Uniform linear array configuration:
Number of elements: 4
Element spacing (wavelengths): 0.25
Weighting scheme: cosine
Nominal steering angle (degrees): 45
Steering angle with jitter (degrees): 43.088
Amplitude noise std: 0.05
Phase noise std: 0.05

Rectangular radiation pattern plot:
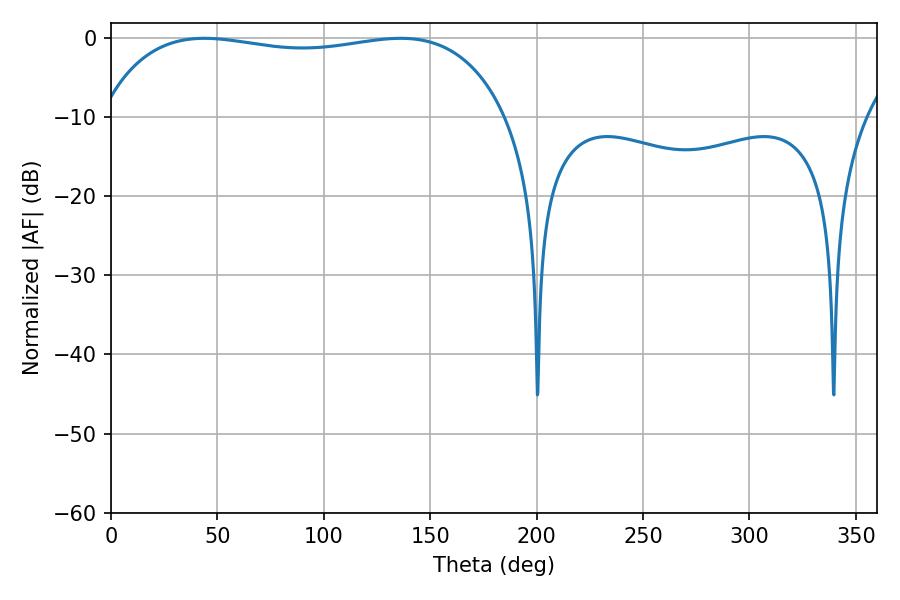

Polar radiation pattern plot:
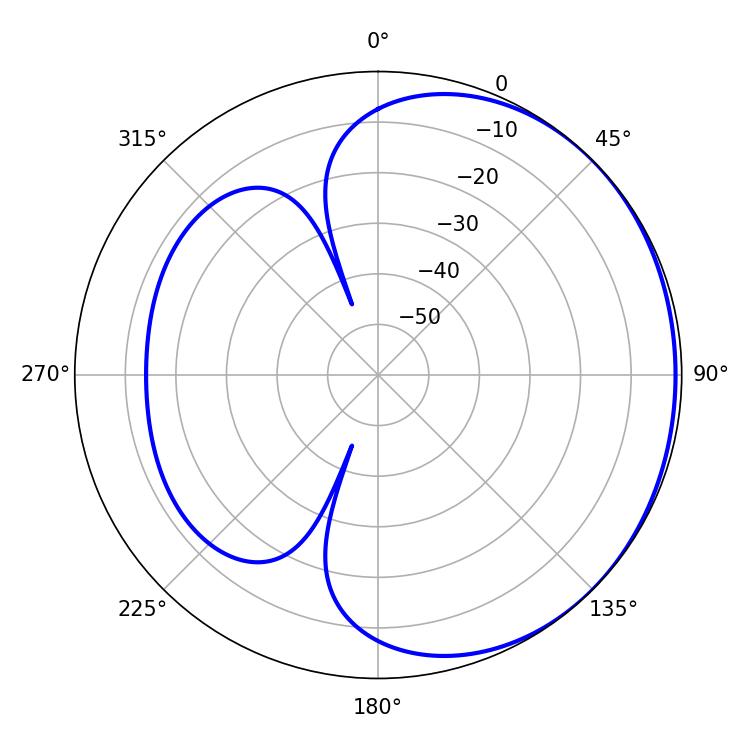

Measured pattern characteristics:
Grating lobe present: FALSE
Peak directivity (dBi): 0.926
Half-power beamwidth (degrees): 154.08
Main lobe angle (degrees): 43.92